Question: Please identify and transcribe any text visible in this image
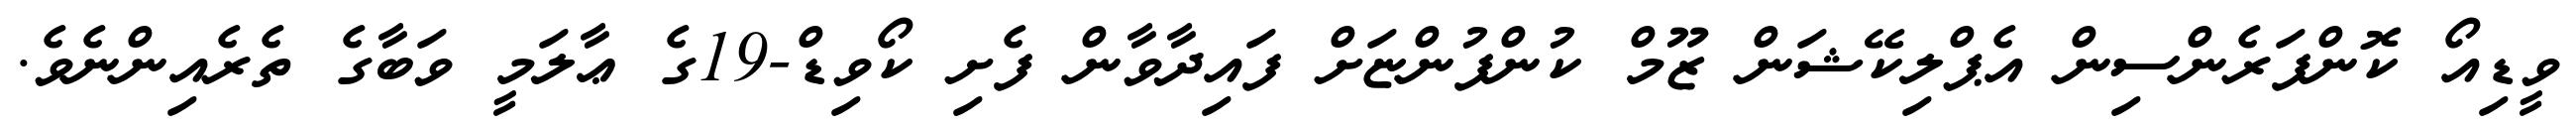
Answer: ވީޑިއޯ ކޮންފަރެންސިން އެޕްލިކޭޝަން ޒޫމް ކުންފުންޏަށް ފައިދާވާން ފެށި ކޯވިޑް-19ގެ ޢާލަމީ ވަބާގެ ތެރެއިންނެވެ.